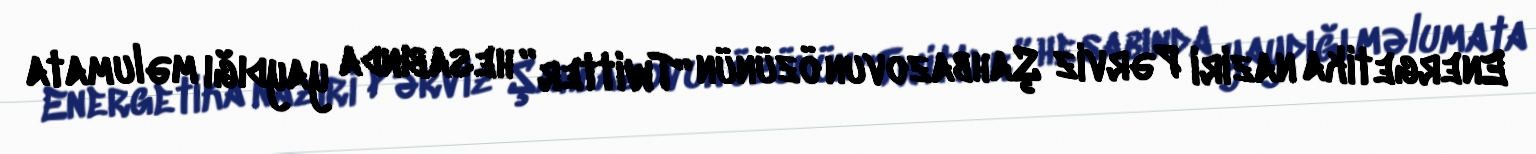
Energetika naziri Pərviz Şahbazovun özünün “Twitter” hesabında yaydığı məlumata